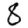
Digit: 8